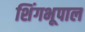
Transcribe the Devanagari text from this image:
शिंगभूपाल